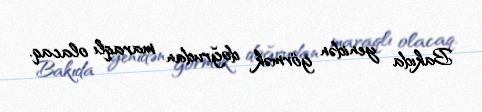
Bakıda yenidən görmək doğrudan maraqlı olacaq.